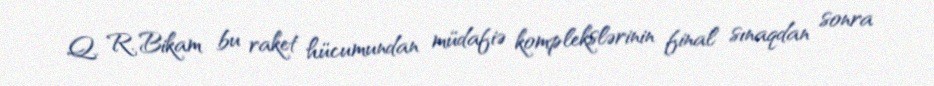
Q. R. Bikam bu raket hücumundan müdafiə komplekslərinin final sınaqdan sonra